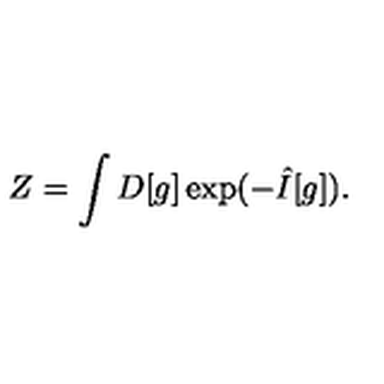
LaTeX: Z = \int D [ g ] \exp ( - \hat { I } [ g ] ) .